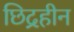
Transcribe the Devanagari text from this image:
छिद्रहीन